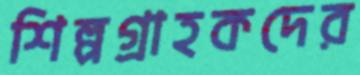
শিল্পগ্রাহকদের